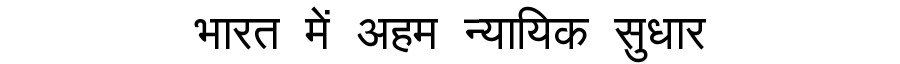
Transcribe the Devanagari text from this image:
भारत में अहम न्यायिक सुधार